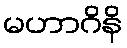
မဟာဂိနိ